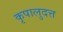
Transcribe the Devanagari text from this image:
कृपालुदत्त